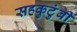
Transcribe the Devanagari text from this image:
सहकुटुंबी